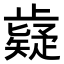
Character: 𭭷